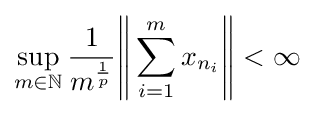
\sup _{m\in \mathbb {N} }{\frac {1}{m^{\frac {1}{p}}}}{\Bigg \|}\sum _{i=1}^{m}x_{n_{i}}{\Bigg \|}<\infty